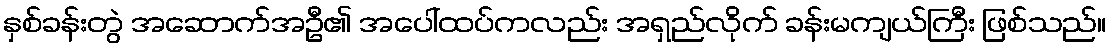
နှစ်ခန်းတွဲ အဆောက်အဦ၏ အပေါ်ထပ်ကလည်း အရှည်လိုက် ခန်းမကျယ်ကြီး ဖြစ်သည်။